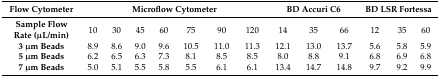
<table><thead><tr><td><b>Flow Cytometer</b></td><td colspan="7"><b>Microflow Cytometer</b></td><td colspan="3"><b>BD Accuri C6</b></td><td colspan="3"><b>BD LSR Fortessa</b></td></tr></thead><tbody><tr><td><b>Sample Flow Rate (μL/min)</b></td><td>10</td><td>30</td><td>45</td><td>60</td><td>75</td><td>90</td><td>120</td><td>14</td><td>35</td><td>66</td><td>12</td><td>35</td><td>60</td></tr><tr><td><b>3 μm Beads</b></td><td>8.9</td><td>8.6</td><td>9.0</td><td>9.6</td><td>10.5</td><td>11.0</td><td>11.3</td><td>12.1</td><td>13.0</td><td>13.7</td><td>5.6</td><td>5.8</td><td>5.9</td></tr><tr><td><b>5 μm Beads</b></td><td>6.2</td><td>6.5</td><td>6.3</td><td>7.3</td><td>8.1</td><td>8.5</td><td>8.5</td><td>8.0</td><td>8.8</td><td>9.1</td><td>6.8</td><td>6.9</td><td>6.8</td></tr><tr><td><b>7 μm Beads</b></td><td>5.0</td><td>5.1</td><td>5.5</td><td>5.8</td><td>5.5</td><td>6.1</td><td>6.1</td><td>13.4</td><td>14.7</td><td>14.8</td><td>9.7</td><td>9.2</td><td>9.9</td></tr></tbody></table>